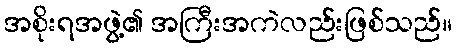
အစိုးရအဖွဲ့၏ အကြီးအကဲလည်းဖြစ်သည်။